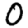
Digit: 0